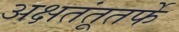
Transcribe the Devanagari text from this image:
अक्षतंतूतर्फे